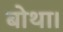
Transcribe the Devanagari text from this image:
बोथा।